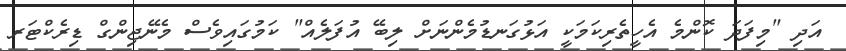
އަދި "މިފަދަ ކޮންމެ އެހީތެރިކަމަކީ އަޅުގަނޑުމެންނަށް ލިބޭ އުފަލެއް" ކަމުގައިވެސް މެނޭޖިންގް ޑިރެކްޓަރ